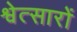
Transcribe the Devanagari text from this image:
श्वेत्सारों